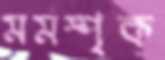
মর্মস্পৃক্‌